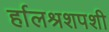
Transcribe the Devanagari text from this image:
र्हालश्रशपशी